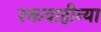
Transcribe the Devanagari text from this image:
रक्तवाहीन्या